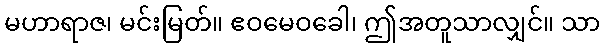
မဟာရာဇ၊ မင်းမြတ်။ ဧဝမေဝခေါ၊ ဤအတူသာလျှင်။ သာ